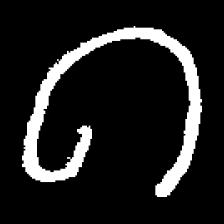
Pyu character \u2014 Myanmar letter: ဂ (romanized: ga)